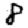
Digit: 8